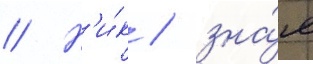
// Н'и́к / зна́я